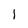
Character: 1